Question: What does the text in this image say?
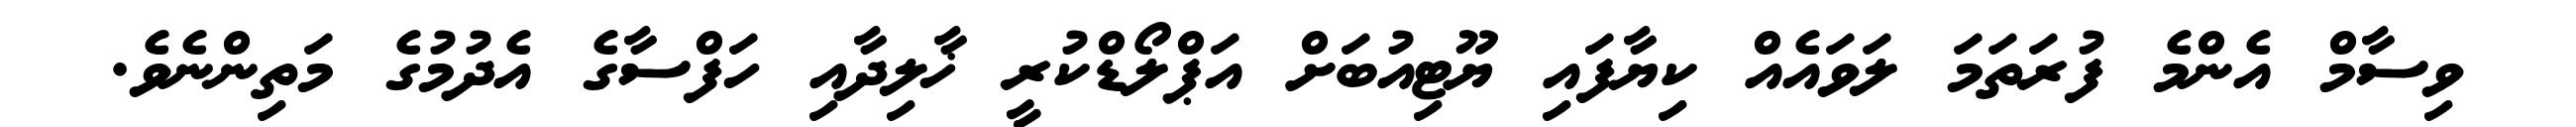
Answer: ވިސާމް އެންމެ ފުރަތަމަ ލަވައެއް ކިޔާފައި ޔޫޓިއުބަށް އަޕްލޯޑްކުރީ ޚާލިދާއި ހަފްސާގެ އެދުމުގެ މަތިންނެވެ.